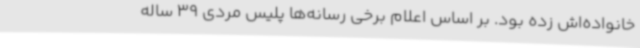
خانواده‌اش زده بود. بر اساس اعلام برخی رسانه‌ها پلیس مردی 39 ساله